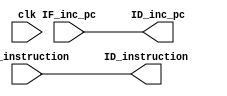
module iF_ID(clk, IF_inc_pc , ID_inc_pc , IF_instruction , ID_instruction);

input [31:0] IF_inc_pc , IF_instruction  ;
input clk;
output reg [31:0] ID_inc_pc ,ID_instruction;

always @(clk)

begin
  ID_instruction = IF_instruction;
  ID_inc_pc = IF_inc_pc;
end
endmodule